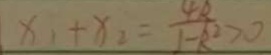
x _ { 1 } + x _ { 2 } = \frac { 4 k } { 1 - k ^ { 2 } } > 0